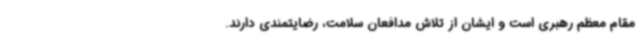
مقام معظم رهبری است و ایشان از تلاش مدافعان سلامت، رضایتمندی دارند.